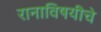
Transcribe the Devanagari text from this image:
रानाविषयीचे